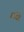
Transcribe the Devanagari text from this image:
ण्द